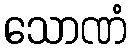
သောဏံ